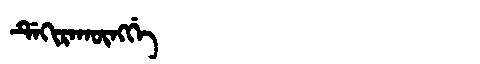
Manchu: ᡩᡝᡴᡳᡵᠠᡴᡡᠩᡤᡝ
Romanization: DEKIRAKŪNGGE